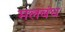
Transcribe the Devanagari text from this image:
मलबंध